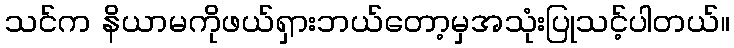
သင်က နိယာမကိုဖယ်ရှားဘယ်တော့မှအသုံးပြုသင့်ပါတယ်။